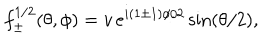
f _ { \pm } ^ { 1 / 2 } ( \theta , \phi ) = v \, e ^ { i ( 1 \pm 1 ) \phi / 2 } \sin ( \theta / 2 ) ,